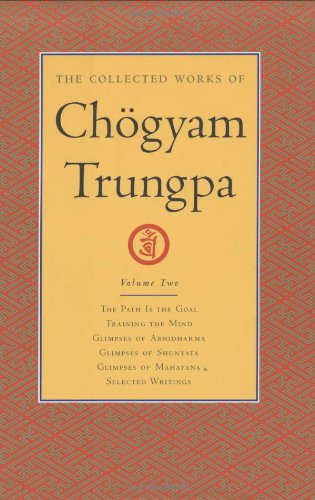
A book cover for The Collected Works of Chogyam Trungpa, Volume 2: The Path Is the Goal - Training the Mind - Glimpses of Abhidharma - Glimpses of Shunyata - Glimpses of Mahayana - Selected Writings; Chogyam Trungpa; Religion & Spirituality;